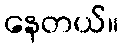
နေတယ်။